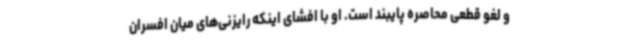
و لغو قطعی محاصره پایبند است. او با افشای اینکه رایزنی‌های میان افسران